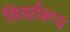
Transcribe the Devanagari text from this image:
विवर्तरूप